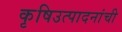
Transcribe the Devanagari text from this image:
कृषिउत्पादनांची